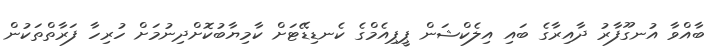
ބާއްވާ އުނގޫފާރު ދާއިރާގެ ބައި އިލެކްޝަން ޕީޕިއެމްގެ ކެނޑިޑޭޓަށް ކާމިޔާބުކޮށްދިނުމަށް ހުރިހާ ފަރާތްތަކުން